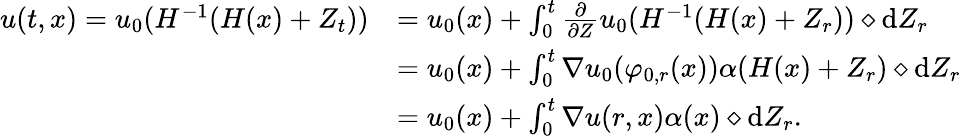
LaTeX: \begin{array}{rl}{u(t,x)=u_{0}(H^{-1}(H(x)+Z_{t}))}&{=u_{0}(x)+\int_{0}^{t}\frac{\partial}{\partial Z}u_{0}(H^{-1}(H(x)+Z_{r}))\diamond\mathrm{d}Z_{r}}\\ &{=u_{0}(x)+\int_{0}^{t}\nabla u_{0}(\varphi_{0,r}(x))\alpha(H(x)+Z_{r})\diamond\mathrm{d}Z_{r}}\\ &{=u_{0}(x)+\int_{0}^{t}\nabla u(r,x)\alpha(x)\diamond\mathrm{d}Z_{r}.}\end{array}